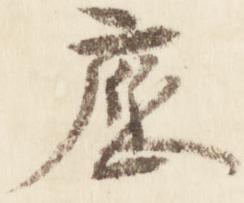
応